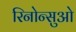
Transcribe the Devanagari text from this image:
रिनोन्सुओ